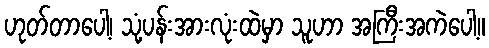
ဟုတ်တာပေါ့၊ သုံ့ပန်းအားလုံးထဲမှာ သူဟာ အကြီးအကဲပေါ့။